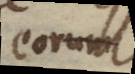
eorum